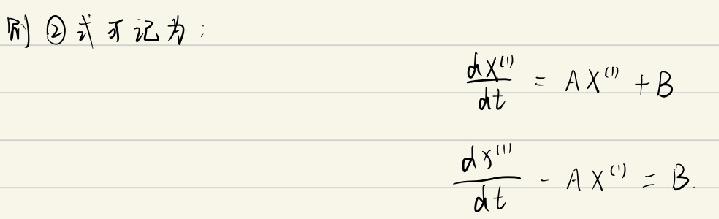
则 $\textcircled{2}$ 式可记为：
$\frac{dX^{(t)}}{dt}=AX^{(t)} + B$
$\frac{dX^{(t)}}{dt}-AX^{(t)}=B$